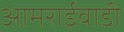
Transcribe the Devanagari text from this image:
आमराईवाडी